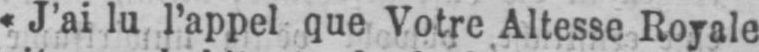
«J’ai lu l’appel que Votre Altesse Royale